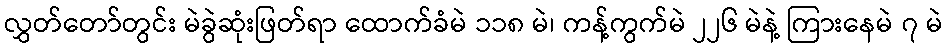
လွှတ်တော်တွင်း မဲခွဲဆုံးဖြတ်ရာ ထောက်ခံမဲ ၁၁၈ မဲ၊ ကန့်ကွက်မဲ ၂၂၆ မဲနဲ့ ကြားနေမဲ ၇ မဲ